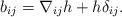
LaTeX: \begin{align*}b_{ij}=\nabla_{ij}h+h\delta_{ij}.\end{align*}